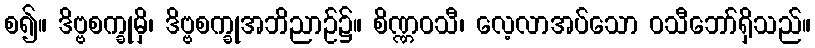
စ၍။ ဒိဗ္ဗစက္ခုမှိ၊ ဒိဗ္ဗစက္ခုအဘိညာဉ်၌။ စိဏ္ဏဝသီ၊ လေ့လာအပ်သော ဝသီဘော်ရှိသည်။